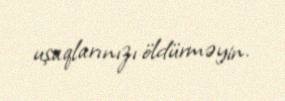
uşaqlarınızı öldürməyin.